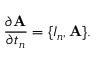
\frac { \partial \mathrm { { \bf A } } } { \partial t _ { n } } = \{ { \cal I } _ { n } , \mathrm { { \bf A } } \} .